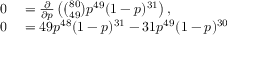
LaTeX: \begin{array} { r l } { 0 } & { { } = { \frac { \partial } { \partial p } } \left( { \binom { 8 0 } { 4 9 } } p ^ { 4 9 } ( 1 - p ) ^ { 3 1 } \right) , } \\ { 0 } & { { } = 4 9 p ^ { 4 8 } ( 1 - p ) ^ { 3 1 } - 3 1 p ^ { 4 9 } ( 1 - p ) ^ { 3 0 } } \end{array}